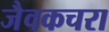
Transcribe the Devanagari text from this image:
जैवकचरा